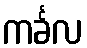
ကင်္ခလ